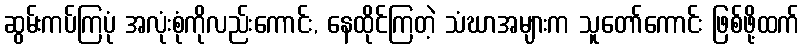
ဆွမ်းကပ်ကြပုံ အလုံးစုံကိုလည်းကောင်း, နေထိုင်ကြတဲ့ သံဃာအများက သူတော်ကောင်း ဖြစ်ဖို့ထက်